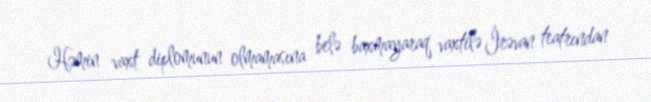
Həmin vaxt diplomunun olmamasına belə baxmayaraq vaxtilə İrəvan teatrından